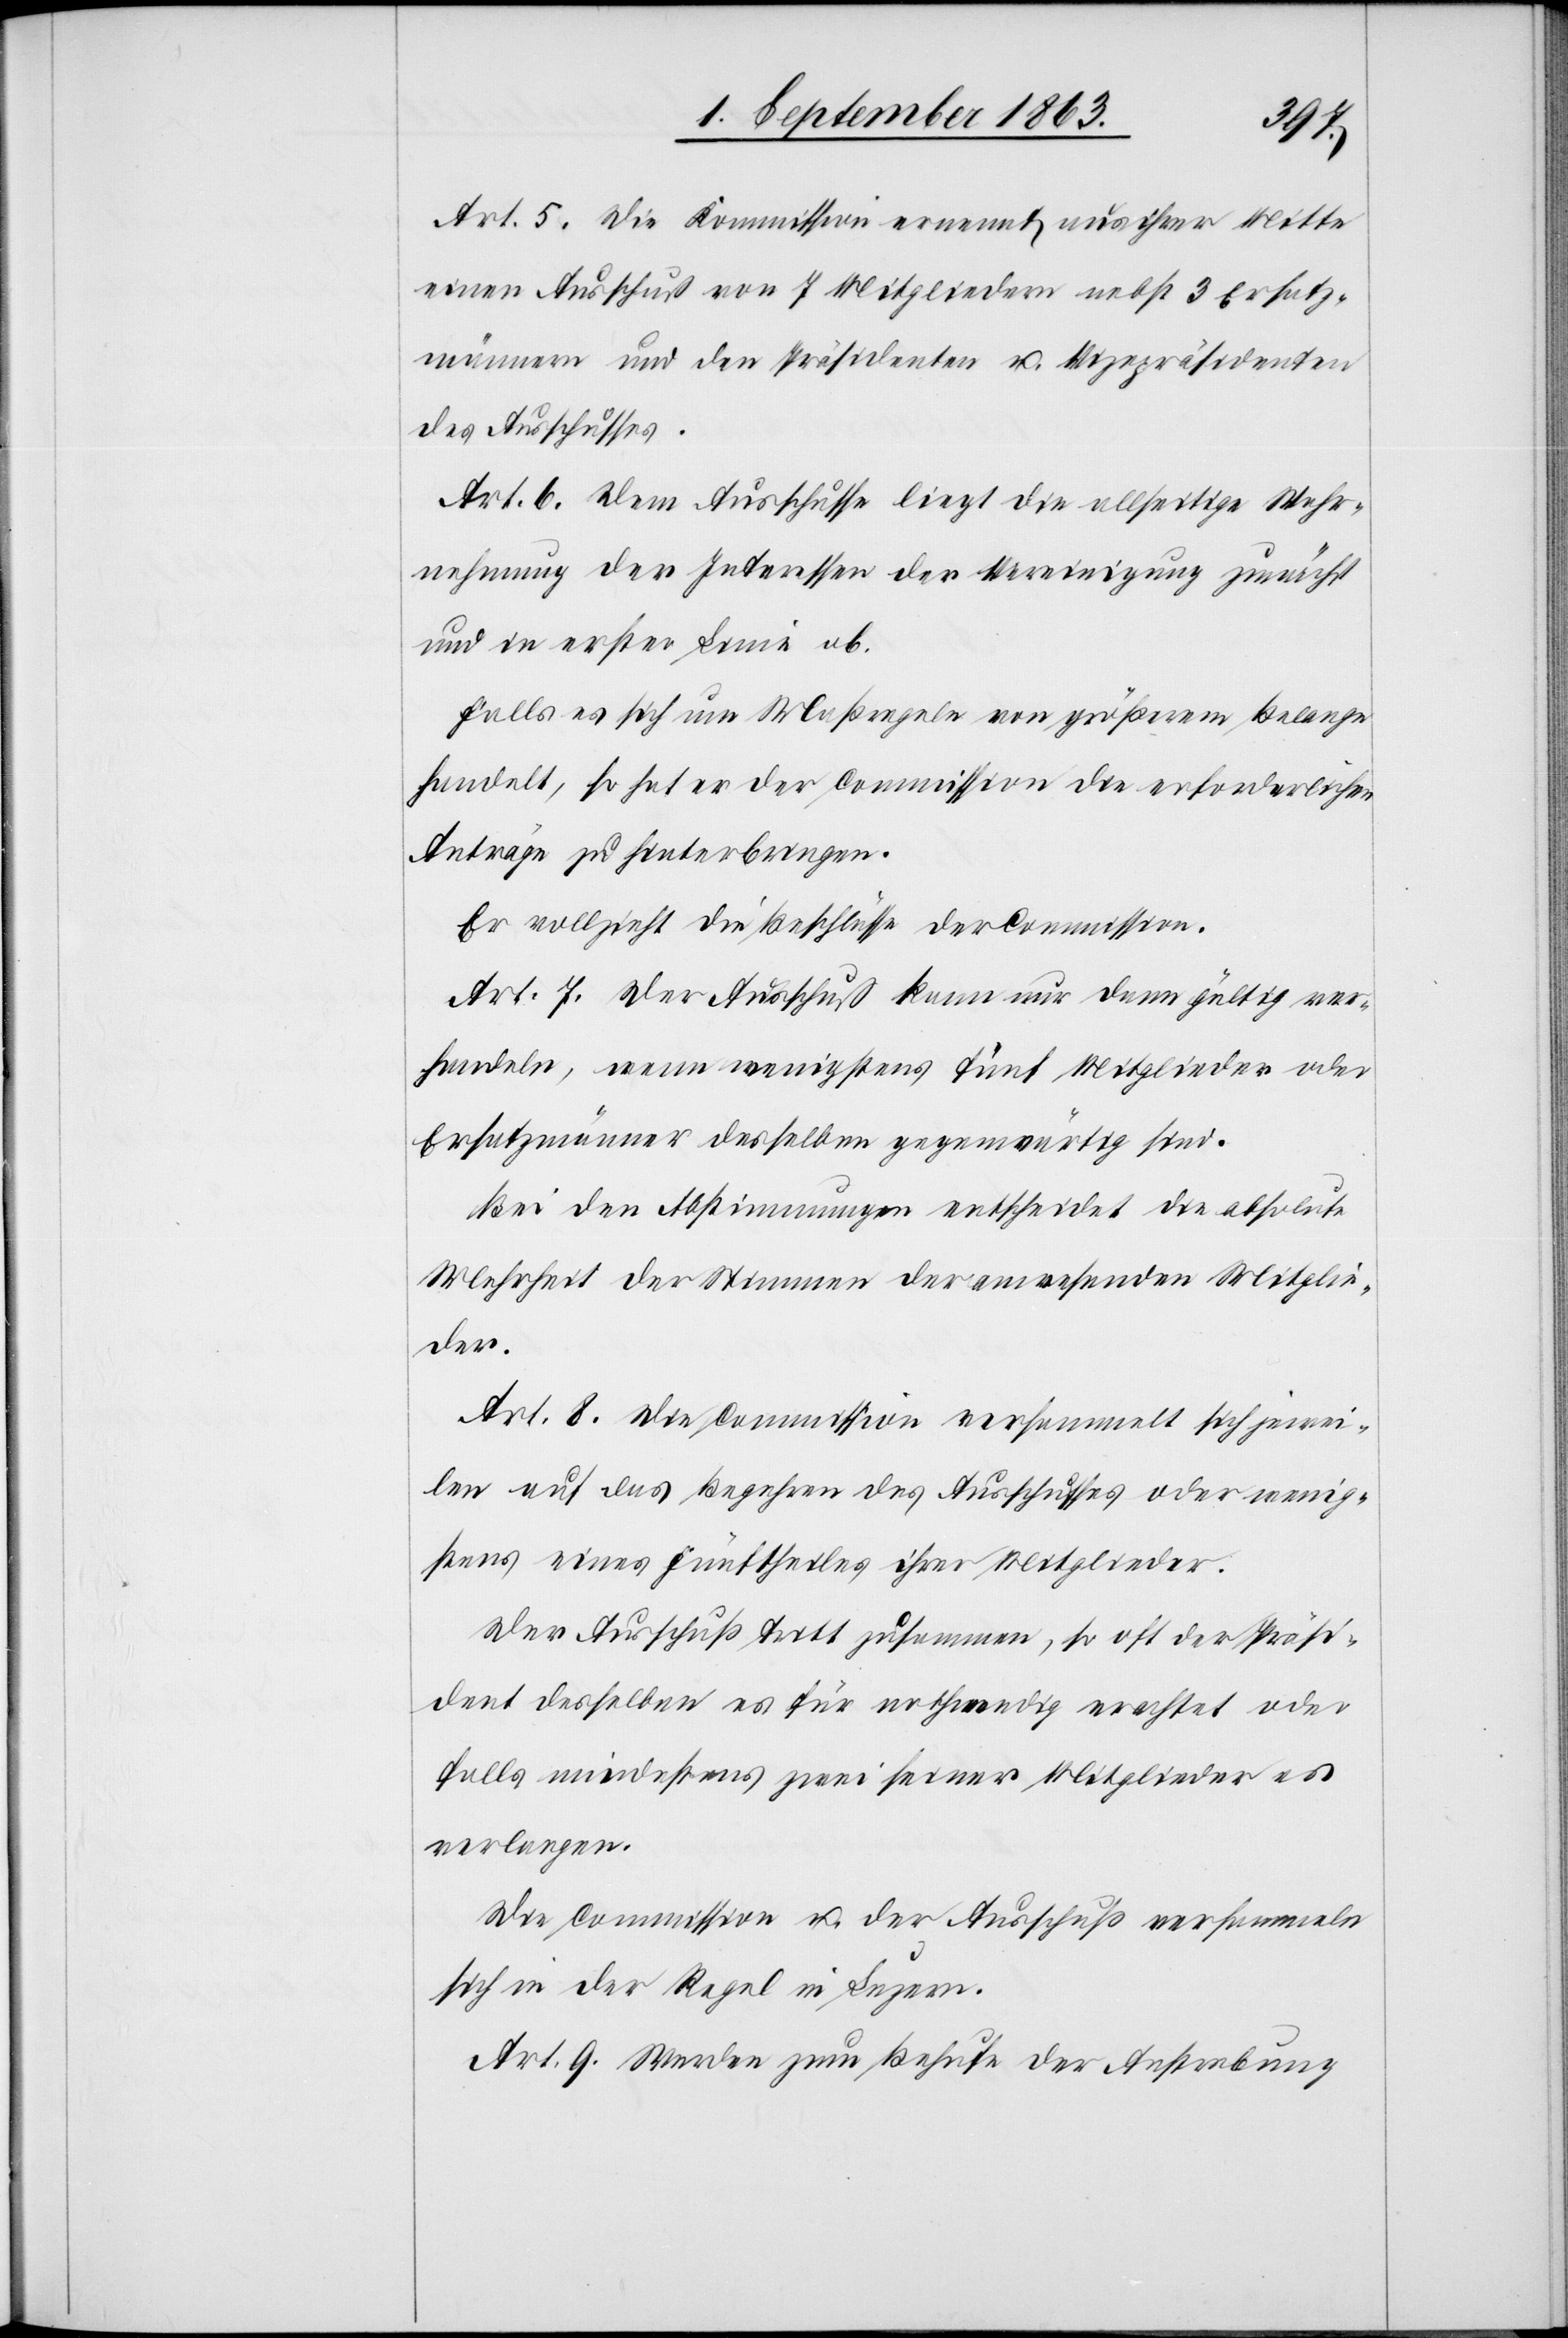
Art. 5. Die Kommission ernennt aus ihrer Mitte
einen Ausschuß von 7 Mitgliedern nebst 3 Ersatz¬
männern und den Präsidenten u. Vizepräsidenten
des Ausschusses.
Art. 6. Dem Ausschusse liegt die allseitige Wahr¬
nehmung der Interessen der Vereinigung zunächst
und in erster Linie ob.
Falls es sich um Maßregeln von größerem Belange
handelt, so hat er der Commission die erforderlichen
Anträge zu hinterbringen.
Er vollzieht die Beschlüsse der Commission.
Art. 7. Der Ausschuß kann nur dann gültig ver¬
handeln, wenn wenigstens fünf Mitglieder oder
Ersatzmänner desselben gegenwärtig sind.
Bei den Abstimmungen entscheidet die absolute
Mehrheit der Stimmen der anwesenden Mitglie¬
der.
Art. 8. Die Commission versammelt sich jewei¬
len auf das Begehren des Ausschusses oder wenig¬
stens eines Fünftheiles ihrer Mitglieder.
Der Ausschuß tritt zusammen, so oft der Präsi¬
dent desselben es für nothwendig erachtet oder
falls mindestens zwei seiner Mitglieder es
verlangen.
Die Commission u. der Ausschuß versammeln
sich in der Regel in Luzern.
Art. 9. Werden zum Behufe der Anstrebung